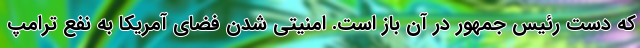
که دست رئیس جمهور در آن باز است. امنیتی شدن فضای آمریکا به نفع ترامپ